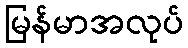
မြန်မာအလုပ်